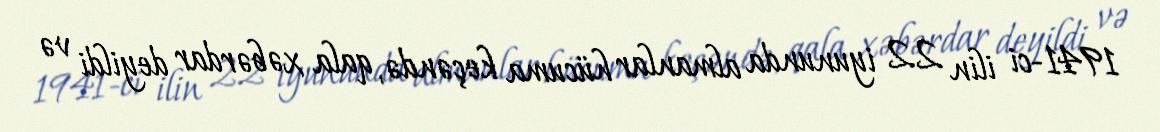
1941-ci ilin 22 iyununda almanlar hücuma keçəndə, qala xəbərdar deyildi və